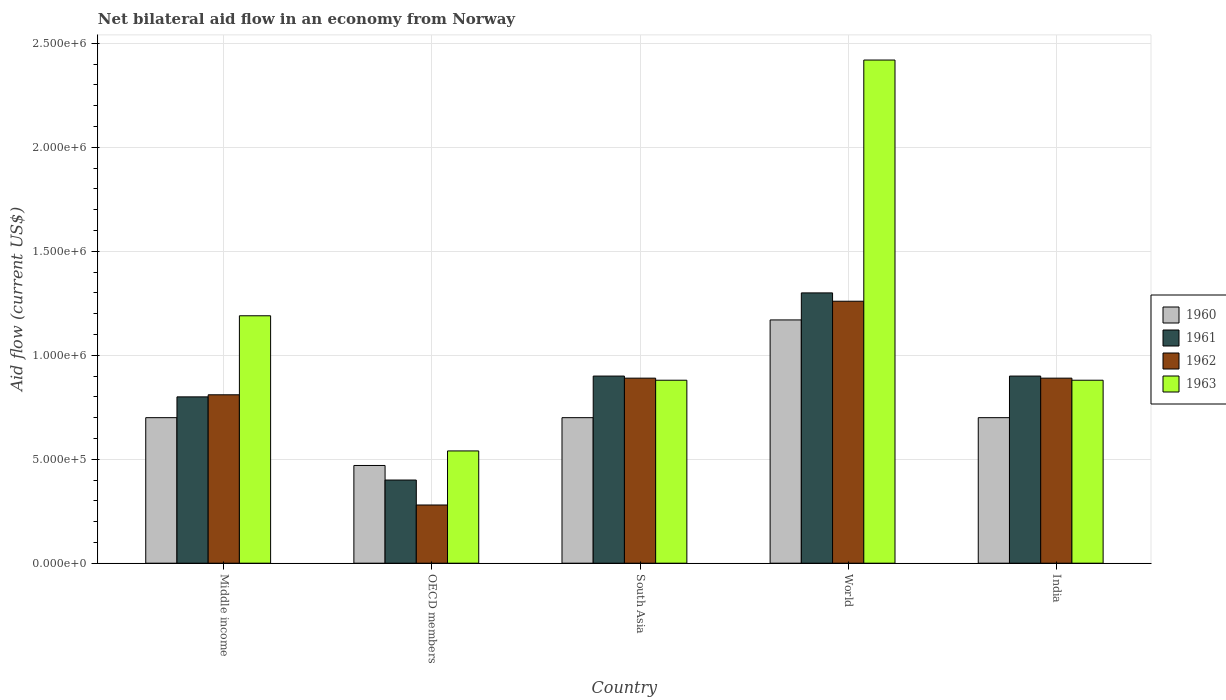
| Country | 1960 | 1961 | 1962 | 1963 |
 | --- | --- | --- | --- | --- |
 | Middle income | 7e+05 | 8e+05 | 8.1e+05 | 1.19e+06 |
 | OECD members | 4.7e+05 | 4e+05 | 2.8e+05 | 5.4e+05 |
 | South Asia | 7e+05 | 9e+05 | 8.9e+05 | 8.8e+05 |
 | World | 1.17e+06 | 1.3e+06 | 1.26e+06 | 2.42e+06 |
 | India | 7e+05 | 9e+05 | 8.9e+05 | 8.8e+05 |